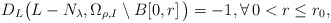
\begin{align*}D_{L}\bigl{(}L-N_{\lambda},\Omega_{\rho,I} \setminus B[0,r] \, \bigr{)} = -1, \forall \, 0 < r \leq r_{0},\end{align*}